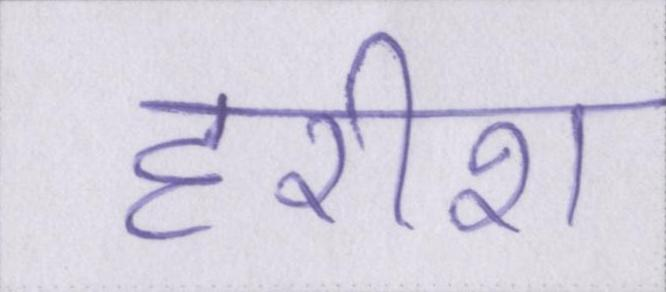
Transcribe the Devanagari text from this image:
हरीश